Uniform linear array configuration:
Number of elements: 24
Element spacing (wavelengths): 0.25
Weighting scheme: cosine
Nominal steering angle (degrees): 30
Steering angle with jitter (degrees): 29.411
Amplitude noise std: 0.05
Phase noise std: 0.05

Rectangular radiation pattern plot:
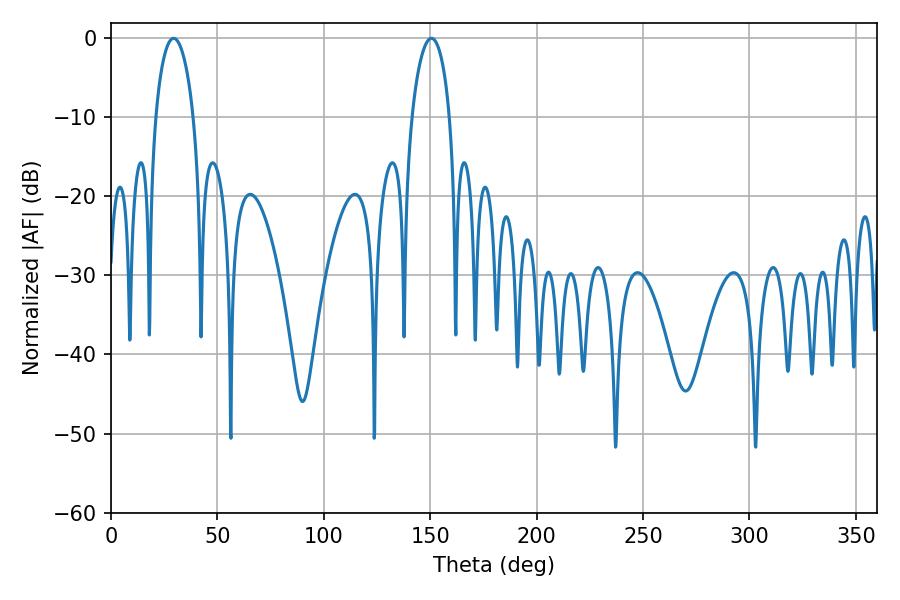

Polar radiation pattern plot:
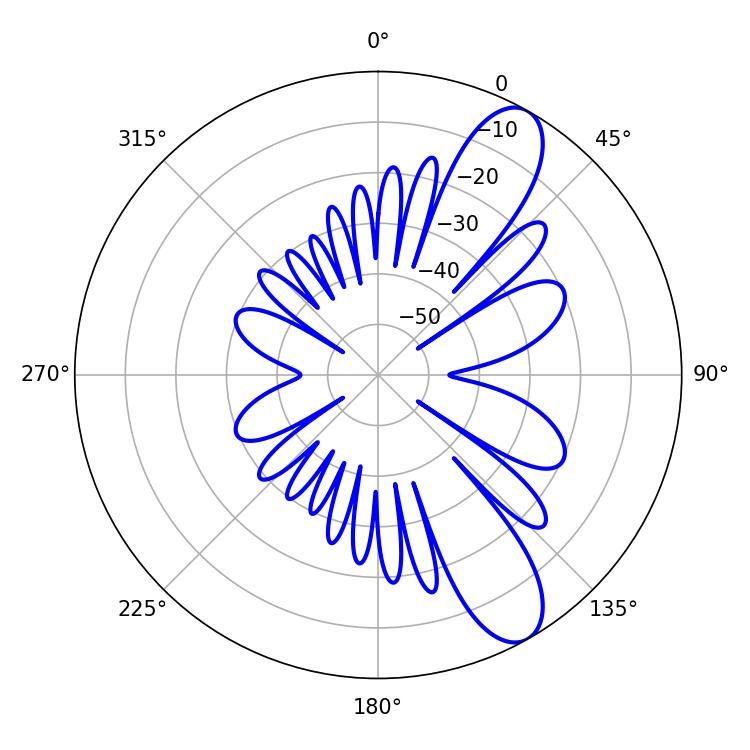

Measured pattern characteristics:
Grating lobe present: FALSE
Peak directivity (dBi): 10.184
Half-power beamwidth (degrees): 10.08
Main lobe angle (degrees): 29.52